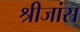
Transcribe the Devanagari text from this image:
श्रीजांस